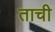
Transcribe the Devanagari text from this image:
ताची